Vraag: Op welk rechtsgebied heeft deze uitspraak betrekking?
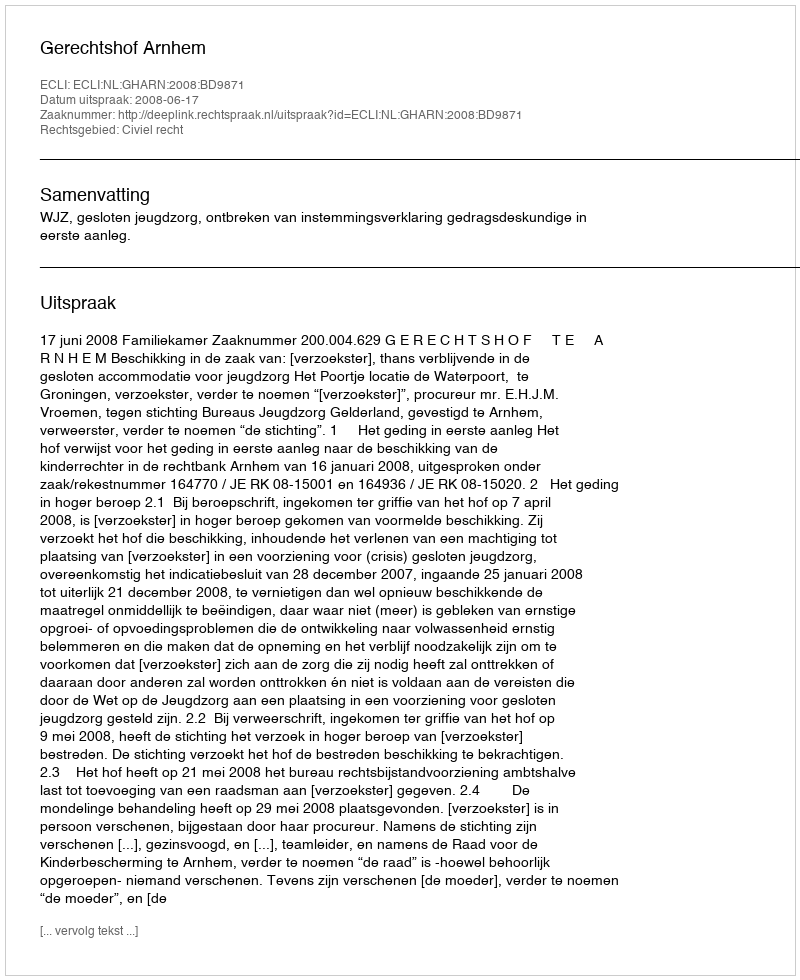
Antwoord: Civiel recht